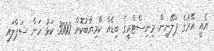
އެއީ އޭރުގެ ޕްލޭނިން މިނިސްޓްރީގެ ބިޑެއް ކާމިޔާބުކޮށް 3000 ކަޅު ހަން ސަޕްލައި